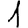
Digit: 1